Report on enteric fever
Disease focus: Fever
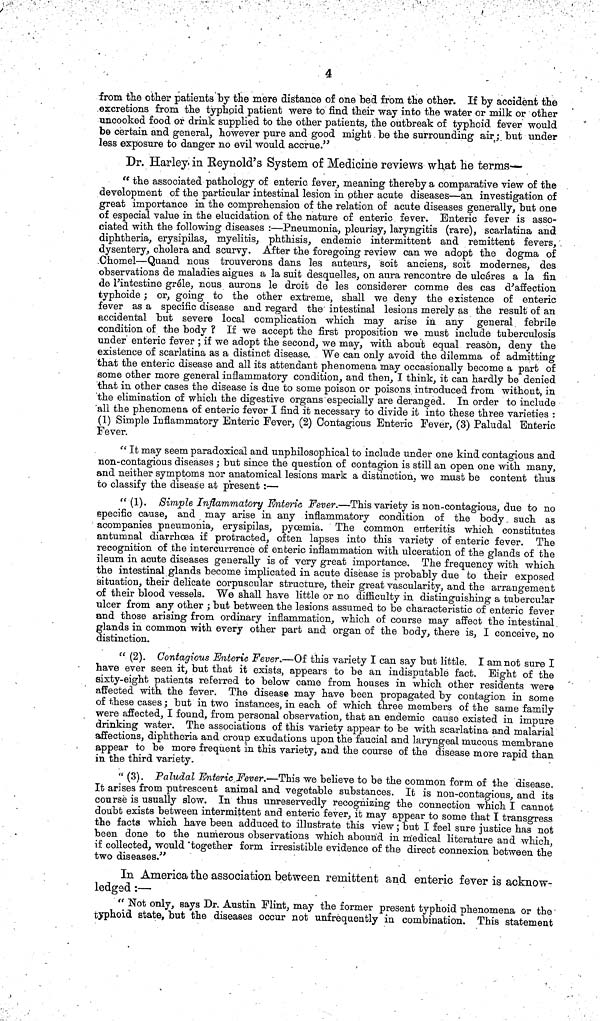
4
from the other patients by the mere distance of one bed from the other. If by accident the
excretions from the typhoid patient were to find their way into the water or milk or other
uncooked food or drink supplied to the other patients, the outbreak of typhoid fever would
be certain and general, however pure and good might be the surrounding air; but under
less exposure to danger no evil would accrue."
Dr. Harley in Reynold's System of Medicine reviews what he terms—
" the associated pathology of enteric fever, meaning thereby a comparative view of the
development of the particular intestinal lesion in other acute diseases—an investigation of
great importance in the comprehension of the relation of acute diseases generally, but one
of especial value in the elucidation of the nature of enteric fever. Enteric fever is asso-
ciated with the following diseases :—Pneumonia, pleurisy, laryngitis (rare), scarlatina and
diphtheria, erysipilas, myelitis, phthisis, endemic intermittent and remittent fevers,
dysentery, cholera and scurvy. After the foregoing review can we adopt the dogma of
.Chomel—Quand nous trouverons dans les auteurs, soit anciens, soit modernes, des
observations de maladies aigues a la suit desquelles, on aura rencontre de ulcéres a la fin
de 1'intestine gréle, nous aurons le droit de les considerer comme des cas d'affection
typhoide; or, going to the other extreme, shall we deny the existence of enteric
fever as a specific disease and regard the' intestinal lesions merely as the result of an
accidental but severe local complication which may arise in any general, febrile
condition of the body ? If we accept the first proposition we must include tuberculosis
under enteric fever ; if we adopt the second, we may, with about equal reason, deny the
existence of scarlatina as a distinct disease. We can only avoid the dilemma of admitting
that the enteric disease and all its attendant phenomena may occasionally become a part of
some other more general inflammatory condition, and then, I think, it can hardly be denied
that in other cases the disease is due to some poison or poisons introduced from without, in
the elimination of which the digestive organs especially are deranged. In order to include
all the phenomena of enteric fever I find it necessary to divide it into these three varieties :
(1) Simple Inflammatory Enteric Fever, (2) Contagious Enteric Fever, (3) Paludal Enteric
Fever.
'' It may seem paradoxical and unphilosophical to include under one kind contagious and
non-contagious diseases ; but since the question of contagion is still an open one with many,
and neither symptoms nor anatomical lesions mark a distinction, we must be content thus
to classify the disease at present:—
"(1). Simple Inflammatory Enteric Fever.—This variety is non-contagious, due to no
specific cause, and may arise in any inflammatory condition of the body such as
acompanies pneumonia, erysipilas, pyoemia. The common enteritis which constitutes
autumnal diarrhoea if protracted, often lapses into this variety of enteric fever. The
recognition of the intercurrence of enteric inflammation with ulceration of the glands of the
ileum in acute diseases generally is of very great importance. The frequency with which
the intestinal glands become implicated in acute disease is probably due to their exposed
situation, their delicate corpuscular structure, their great vascularity, and the arrangement
of their blood vessels. We shall have little or no difficulty in distinguishing a tubercular
ulcer from any other ; but between the lesions assumed to be characteristic of enteric fever
and those arising from ordinary inflammation, which of course may affect the intestinal
glands in common with every other part and organ of the body, there is, I conceive, no
distinction.
" (2). Contagious Enteric Fever.—Of this variety I can say but little. I am not sure I
have ever seen it, but that it exists, appears to be an indisputable fact. Eight of the
sixty-eight patients referred to below came from houses in which other residents were
affected with the fever. The disease may have been propagated by contagion in some
of these cases; but in two instances, in each of which three members of the same family
were affected, I found, from personal observation, that an endemic cause existed in impure
drinking water. The associations of this variety appear to be with scarlatina and malarial
affections, diphtheria and croup exudations upon the faucial and laryngeal mucous membrane
appear to be more frequent in this variety, and the course of the disease more rapid than
in the third variety.
" (3). Paludal Enteric Fever.—This we believe to be the common form of the disease.
It arises from putrescent animal and vegetable substances. It is non-contagious, and its
course is usually slow. In thus unreservedly recognizing the connection which I cannot
doubt exists between intermittent and enteric fever, it may appear to some that I transgress
the facts which have been adduced to illustrate this view; but I feel sure justice has not
been done to the numerous observations which abound in medical literature and which,
if collected, would together form irresistible evidence of the direct connexion between the
two diseases."
In America the association between remittent and enteric fever is acknow-
ledged :—
" Not only, says Dr. Austin Flint, may the former present typhoid phenomena or the
typhoid state, but the diseases occur not unfrequently in combination. This statement